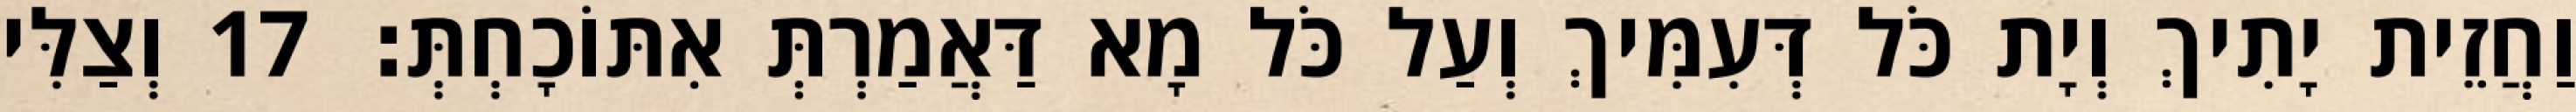
וַחֲזֵית יָתִיךְ וְיָת כֹּל דְּעִמִּיךְ וְעַל כֹּל מָא דַּאֲמַרְתְּ אִתּוֹכָחְתְּ׃ 17 וְצַלִּי